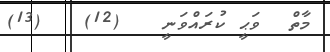
މާތް  ވަޙީ ކުރައްވަނީ   (12)   (13)